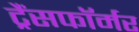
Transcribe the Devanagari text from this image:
ट्रैंसफॉर्मर